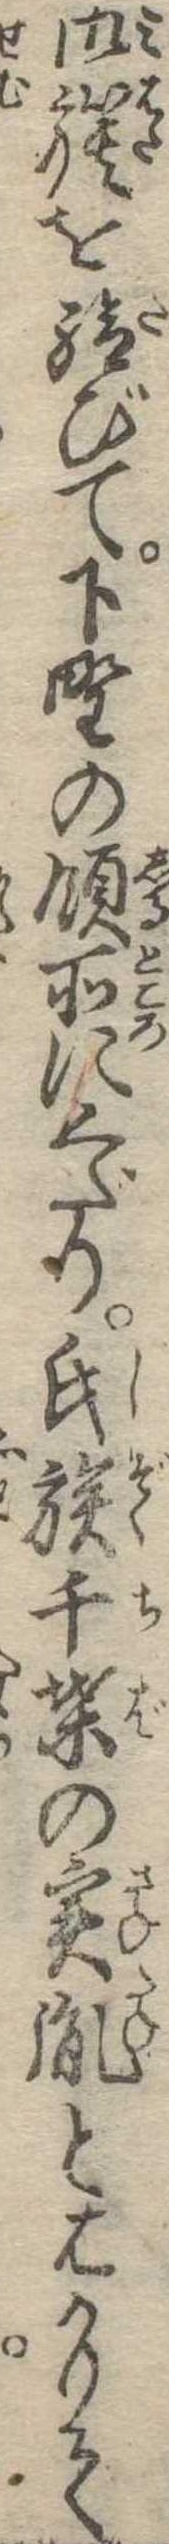
御旗を給びて下野の領所にくだり氏族千葉の実胤とはかりて